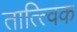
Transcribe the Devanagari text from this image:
तात्‍त्‍विक